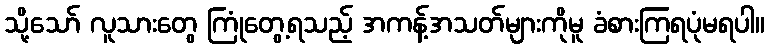
သို့သော် လူသားတွေ ကြုံတွေ့ရသည့် အကန့်အသတ်များကိုမူ ခံစားကြရပုံမရပါ။